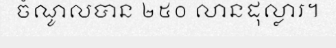
ចំណូលបាន ២៥០ លានដុល្លារ។